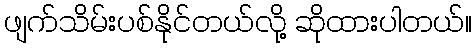
ဖျက်သိမ်းပစ်နိုင်တယ်လို့ ဆိုထားပါတယ်။